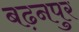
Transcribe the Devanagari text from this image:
बढ़नपुर